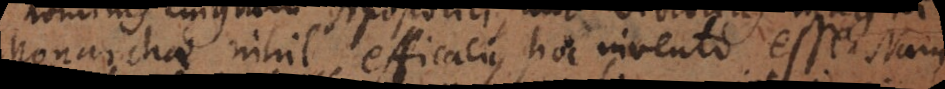
Monarchae nihil efficacius hoc invento esse. Nam